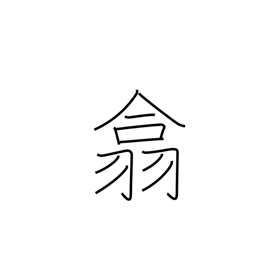
Meaning: gather